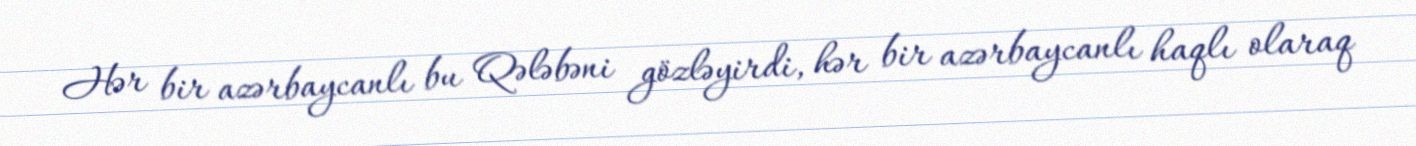
Hər bir azərbaycanlı bu Qələbəni gözləyirdi, hər bir azərbaycanlı haqlı olaraq